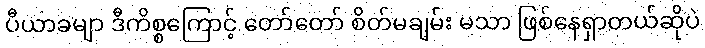
ပီယာခမျာ ဒီကိစ္စကြောင့် တော်တော် စိတ်မချမ်း မသာ ဖြစ်နေရှာတယ်ဆိုပဲ